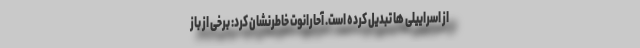
از اسراییلی ها تبدیل کرده است. آحارانوت خاطرنشان کرد: برخی از باز